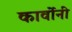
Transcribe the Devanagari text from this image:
कार्वोनी